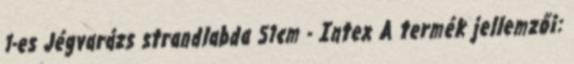
1-es Jégvarázs strandlabda 51cm - Intex A termék jellemzői: